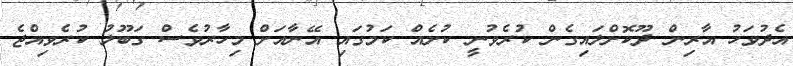
އެދުވަހު އާރިން ދޫކޮށްލައިގެން ކުރެވުނީ ކުށެއް ކަމުގައި އޭނާއަށް މިހާރުވެސް ގަބޫލު ކުރެވިއްޖެ